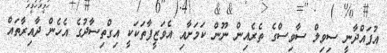
އުފައްދާނީ ސިވިލް ސާވިސްގެ ތެރެއިން ނޫން ކަމަށާއި އެވަޒީފާތަކަކީ އިގްތިސާދުގެ އެހެން ދާއިރާތައް